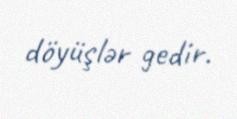
döyüşlər gedir.